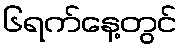
၆ရက်နေ့တွင်